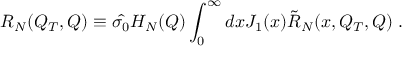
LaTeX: { \cal R } _ { N } ( Q _ { T } , Q ) \equiv \hat { \sigma _ { 0 } } H _ { N } ( Q ) \int _ { 0 } ^ { \infty } d x J _ { 1 } ( x ) { \tilde { \cal R } } _ { N } ( x , Q _ { T } , Q ) \; .